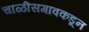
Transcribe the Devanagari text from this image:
चाळीसगावकडून